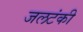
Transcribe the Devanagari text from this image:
जलटंकी